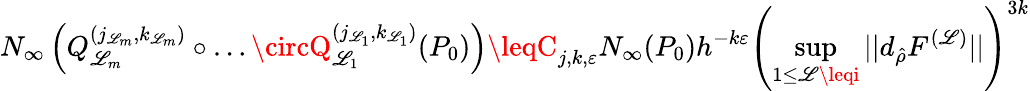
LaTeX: N_{\infty}\left(Q_{\mathscr{L}_{m}}^{(j_{\mathscr{L}_{m}},k_{\mathscr{L}_{m}})}\circ\dots\circQ_{\mathscr{L}_{1}}^{(j_{\mathscr{L}_{1}},k_{\mathscr{L}_{1}})}(P_{0})\right)\leqC_{j,k,\varepsilon}N_{\infty}(P_{0})h^{-k\varepsilon}\left(\operatorname*{sup}_{1\leq\mathscr{L}\leqi}||d_{\hat{{\rho}}}F^{(\mathscr{L})}||\right)^{3k}